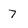
Character: 7